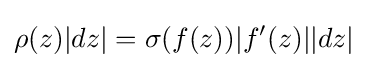
\rho (z)|dz|=\sigma (f(z))|f^{\prime }(z)||dz|